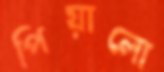
পিয়ালো